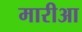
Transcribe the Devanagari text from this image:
मारीआ